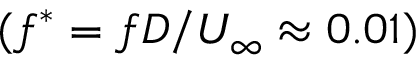
( f ^ { * } = f D / U _ { \infty } \approx 0 . 0 1 )